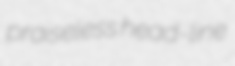
praiseless head-line